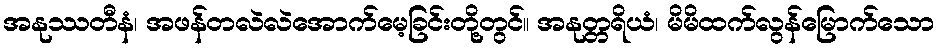
အနုဿတီနံ၊ အဖန်တလဲလဲအောက်မေ့ခြင်းတို့တွင်။ အနုတ္တရိယံ၊ မိမိထက်လွန်မြောက်သော